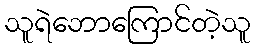
သူရဲဘောကြောင်တဲ့သူ